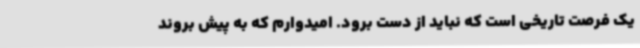
یک فرصت تاریخی است که نباید از دست برود. امیدوارم که به‌ پیش بروند